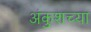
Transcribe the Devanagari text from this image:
अंकुशच्या